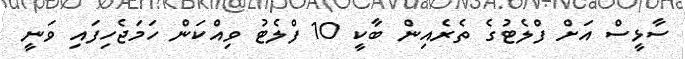
ސާޅީސް އަށް ފްލެޓުގެ ތެރެއިން ބާކީ 10 ފްލެޓު ވިއްކަން ހަމަޖެހިފައި ވަނީ